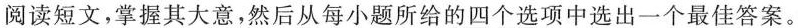
阅读短文,掌握其大意,然后从每小题所给的四个选项中选出一个最佳答案。